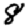
Digit: 8